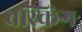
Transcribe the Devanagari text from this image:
बस्किंग